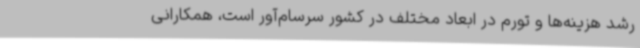
رشد هزینه‌ها و تورم در ابعاد مختلف در کشور سرسام‌آور است، همکارانی